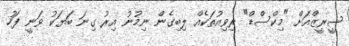
ސީރީޒްއަށް "މިކްސްޑް" ރިވިއުތަކެއް ލިބިގެން ނިމުނު އިރު ގިނަ ބަޔަކު ވަނީ ފަހު